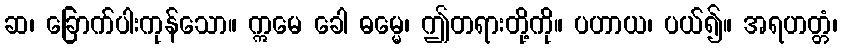
ဆ၊ ခြောက်ပါးကုန်သော။ ဣမေ ခေါ ဓမ္မေ၊ ဤတရားတို့ကို။ ပဟာယ၊ ပယ်၍။ အရဟတ္တံ၊